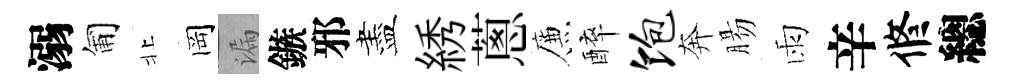
溺匍北岡漏鏃邪盡綉蔥簾醉饱奔腸雨辛修總